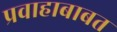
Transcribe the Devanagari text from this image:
प्रवाहाबाबत